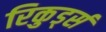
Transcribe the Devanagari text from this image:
रिकुर्ड्स